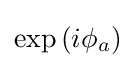
{\textstyle \exp {\left(i\phi _{a}\right)}}